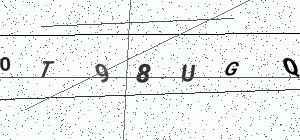
Text: OT98UGQ